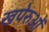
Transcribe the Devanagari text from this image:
खपेरुओं